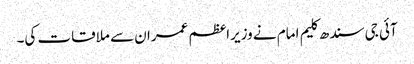
آئی جی سندھ کلیم امام نے وزیراعظم عمران سے ملاقات کی۔